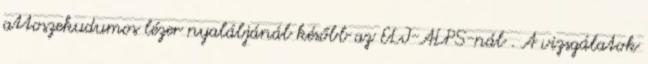
attoszekudumos lézer nyalábjánál később az ELI-ALPS-nál . A vizsgálatok